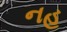
નહ